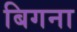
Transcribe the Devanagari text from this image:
बिगना